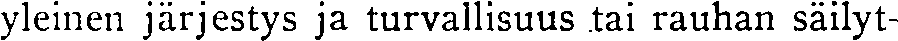
yleinen järjestys ja turvallisuus tai rauhan säilyt-